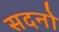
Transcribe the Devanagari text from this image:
सदनो